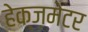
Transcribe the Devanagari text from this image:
हेक्ज़मेटर